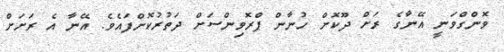
ވޮންގްވަނީ އޭނާގެ ރަށް ދޫކޮށް ހުނާން ޕްރޮވިންސަށް ދަތުރުކޮށްފައެވެ. އޭނާ އެ ރަށަށް